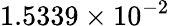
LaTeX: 1.5339\times 10^{-2}